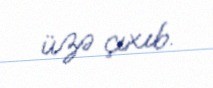
üzə çıxıb.